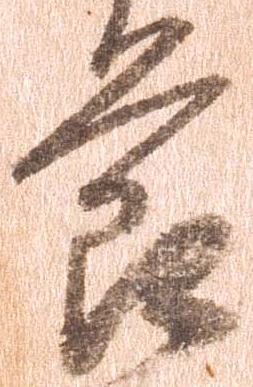
節